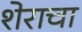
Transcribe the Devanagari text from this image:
शेराचा